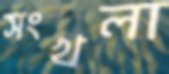
সংখলা